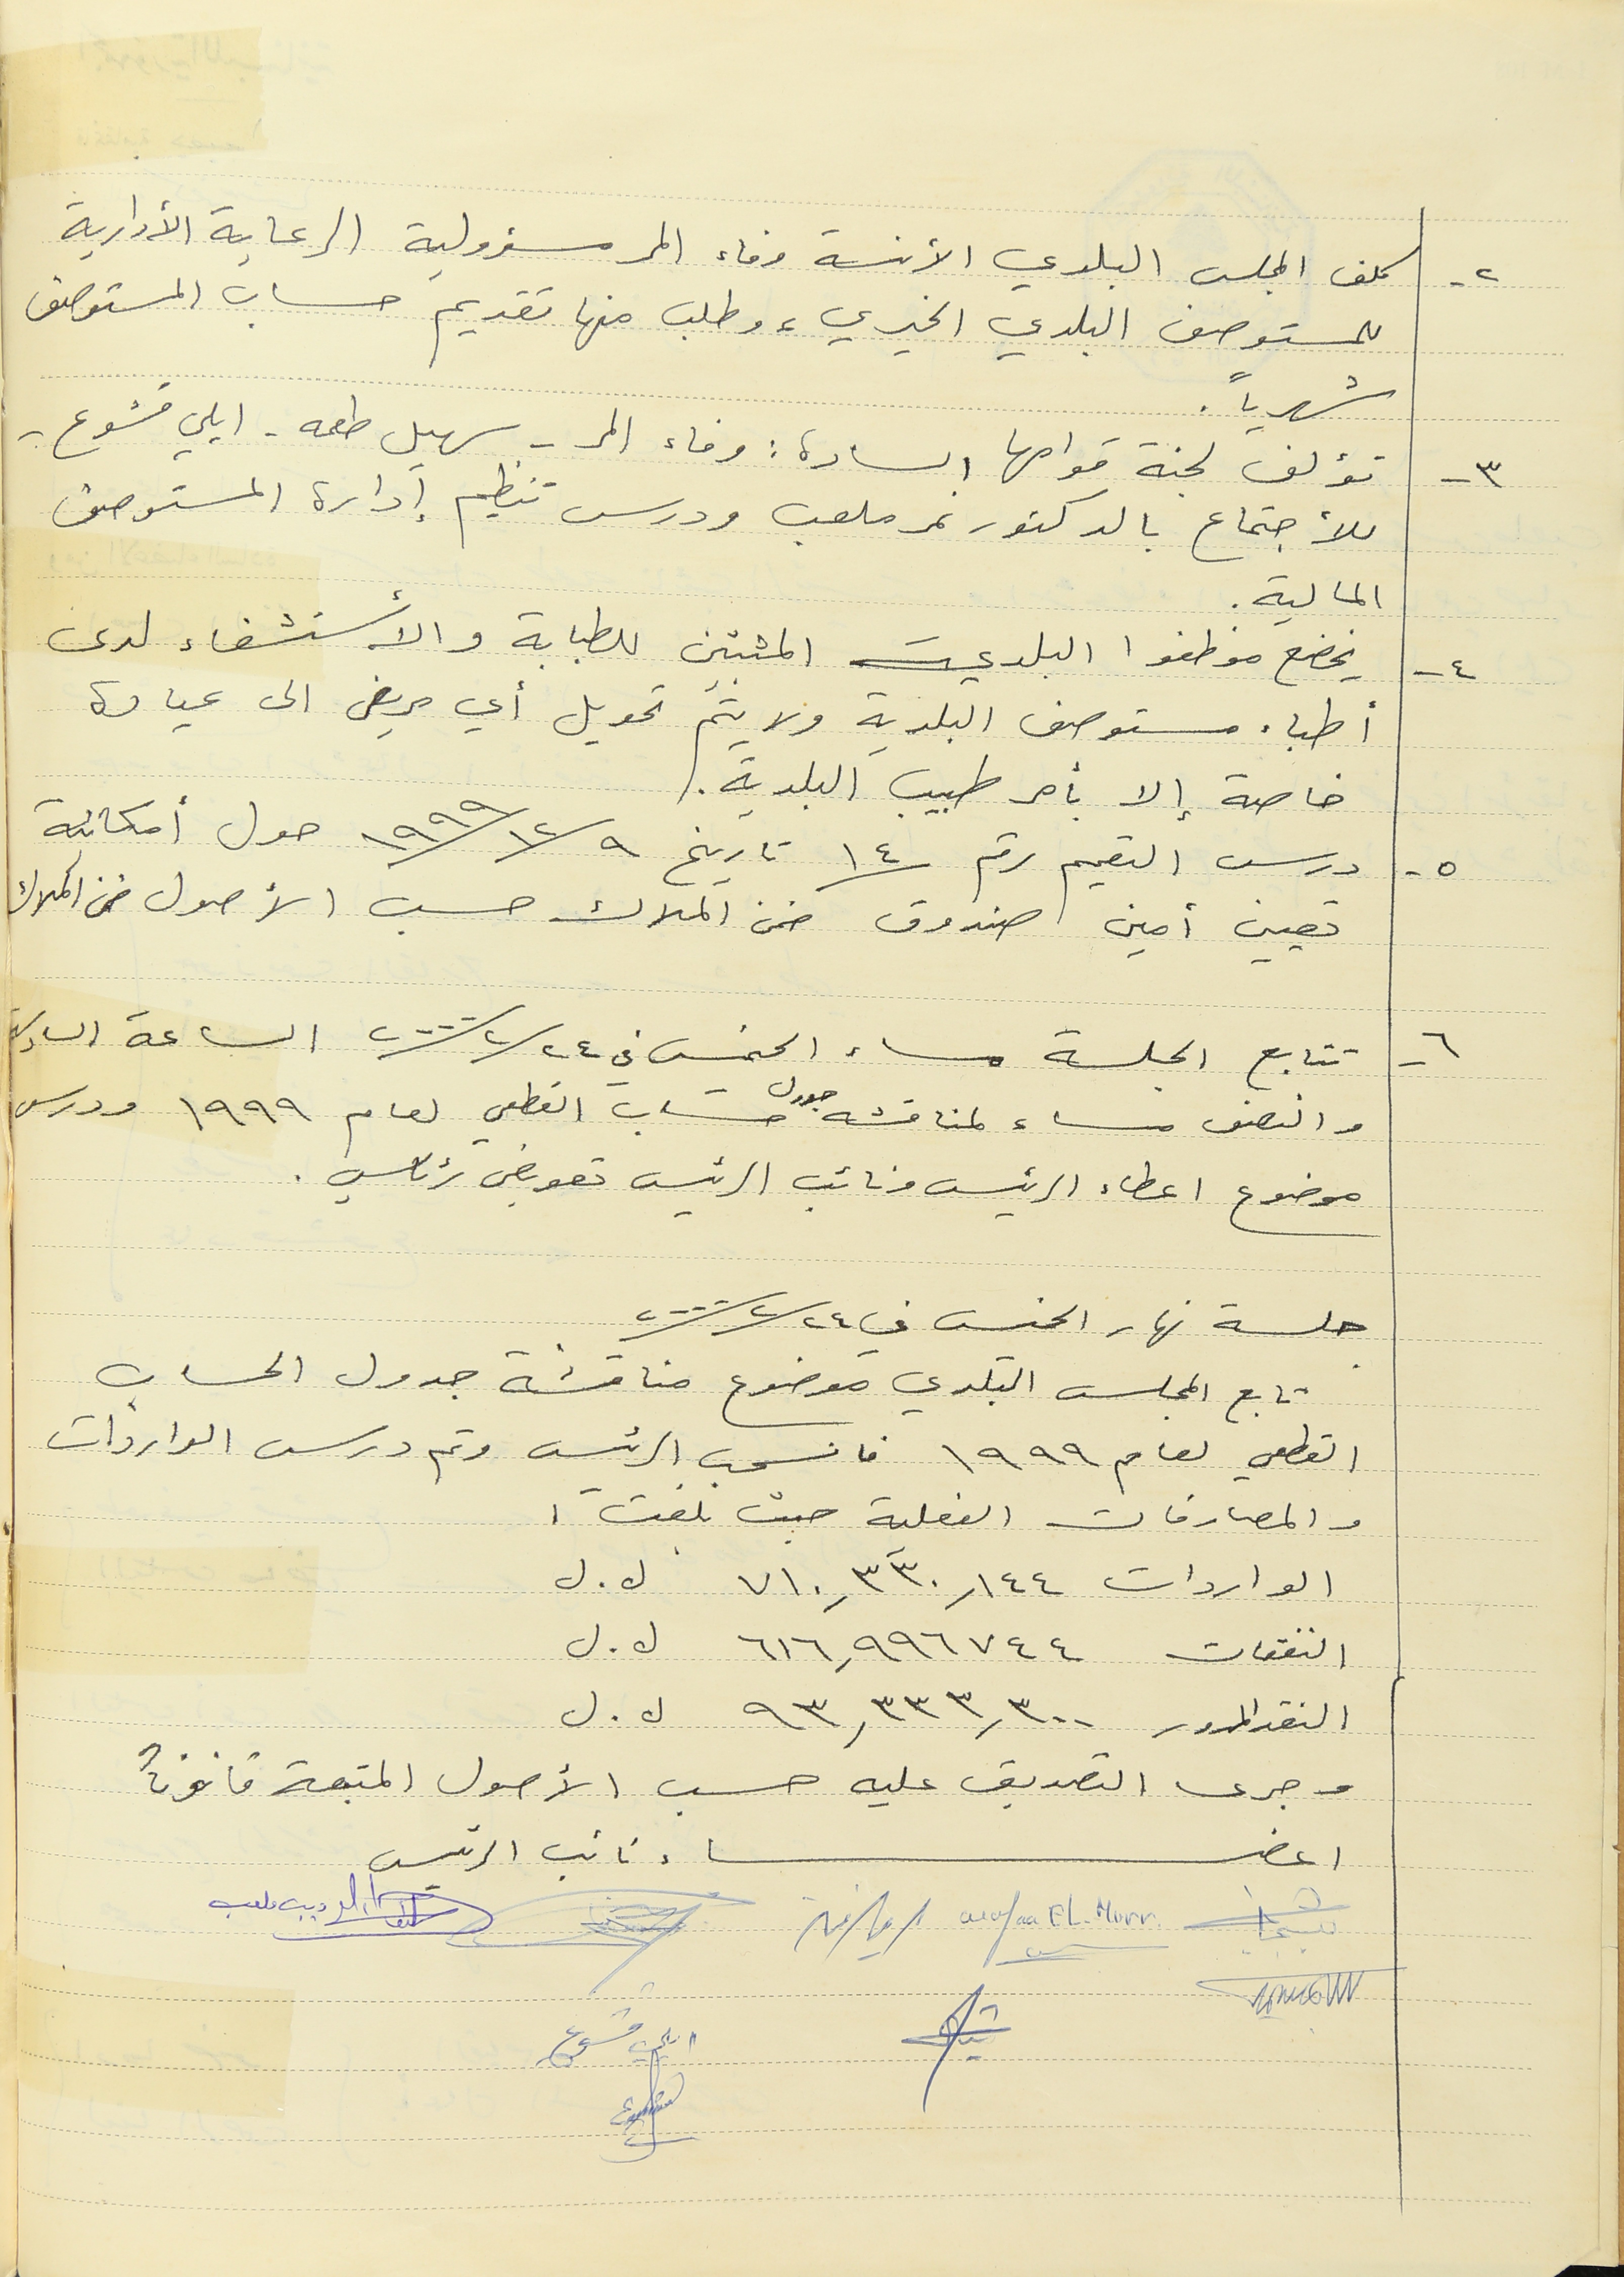
٢ - كلف المجلس البلدي الآنسة وفاء المر مسؤولية الرعاية الأدارية
للمستوصف البلدي الخيري، وطلب منها تقديم حساب المستوصف
شهرياً.
٣ - تؤلف لجنة قوامها السادة : وفاء المر- سهيل طعمه . ايلي قشوع -
للأجتماع بالدكتور نمر ملعب ودرس تنظيم إدارة المستوصف
المالية.
٤ - يخضع موظفوا البلدية المثبتين للطبابة والأستشفاء لدى
أطباء مستوصف البلدية ولا يتم تحويل أي مريض الى عيادة
خاصة إلا بأمر طبيب البلدية.
٥ - درس التعميم رقم ١٤ تاريخ ١٢/٩/ ١٩٩٩ حول أمكانية
تعيين أمين صندوق ضمن الملاك حسب الأصول ضمن الملاك
٦ - تتابع الجلسة مساء الخميس في ٢٠٠٠/٢/٢٤ الساعة السادسة
والنصف مساء لمناقشه جدول حساب القطعي لعام ١٩٩٩ ودرس
موضوع اعطاء الرئيس ونائب الرئيس تعويض رئاسي .
جلسة نهار الخميس في ٢٠٠٠/٢/٢٤
تابع المجلس البلدي موضوع مناقشة جدول الحساب
 القطعي لعام ١٩٩٩ فانسحب الرئيس وتم درس الواردات
والمصارفات الفعلية حيث بلغت :
الواردات ٧١٠,٣٣٠,١٤٤  ل . ل
النفقات ٦١٦,٩٩٦٧٤٤ ل . ل
النقد المرور ٩٣,٣٣٣,٣٠٠ ل . ل
 وجرى التصديق عليه حسب الأصول المتبعة قانوناً
اعضاء نائب الرئيس
 Wafaa EL-Murr
ايلي قشوع
 ديب ملعب